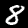
Label: 8